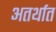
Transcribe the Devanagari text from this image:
अतर्थात